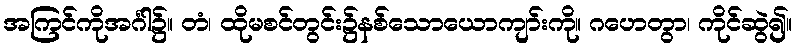
အကြင်ကိုအင်္ဂါ၌။ တံ၊ ထိုမစင်တွင်း၌နစ်သောယောကျာ်းကို။ ဂဟေတွာ၊ ကိုင်ဆွဲ၍။